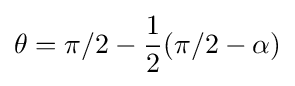
\theta =\pi /2-{\frac {1}{2}}(\pi /2-\alpha )